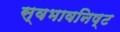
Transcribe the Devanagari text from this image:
स्वभावनिष्ट